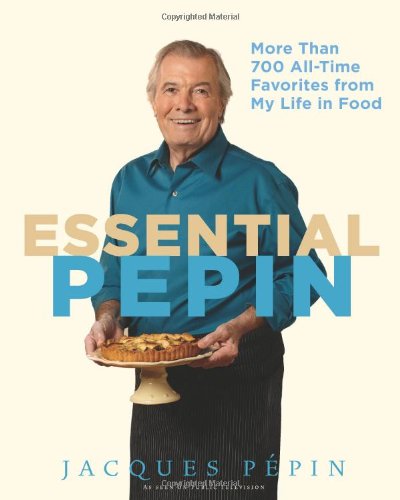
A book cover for Essential PÃ©pin: More Than 700 All-Time Favorites from My Life in Food; Jacques PÃ©pin; Cookbooks, Food & Wine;